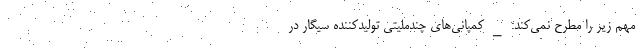
مهم زیر را مطرح نمی‌کند: _ کمپانی‌های چندملیتی تولیدکننده سیگار در